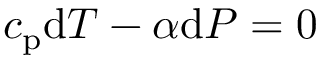
c _ { \mathrm { p } } \mathrm { d } T - \alpha \mathrm { d } P = 0